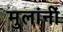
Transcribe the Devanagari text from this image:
मुलांनीं